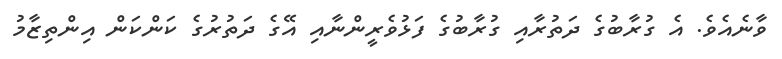
ވާނެއެވެ. އެ ގުރާބުގެ ދަތުރާއި ގުރާބުގެ ފަޅުވެރީންނާއި އޭގެ ދަތުރުގެ ކަންކަން އިންތިޒާމު